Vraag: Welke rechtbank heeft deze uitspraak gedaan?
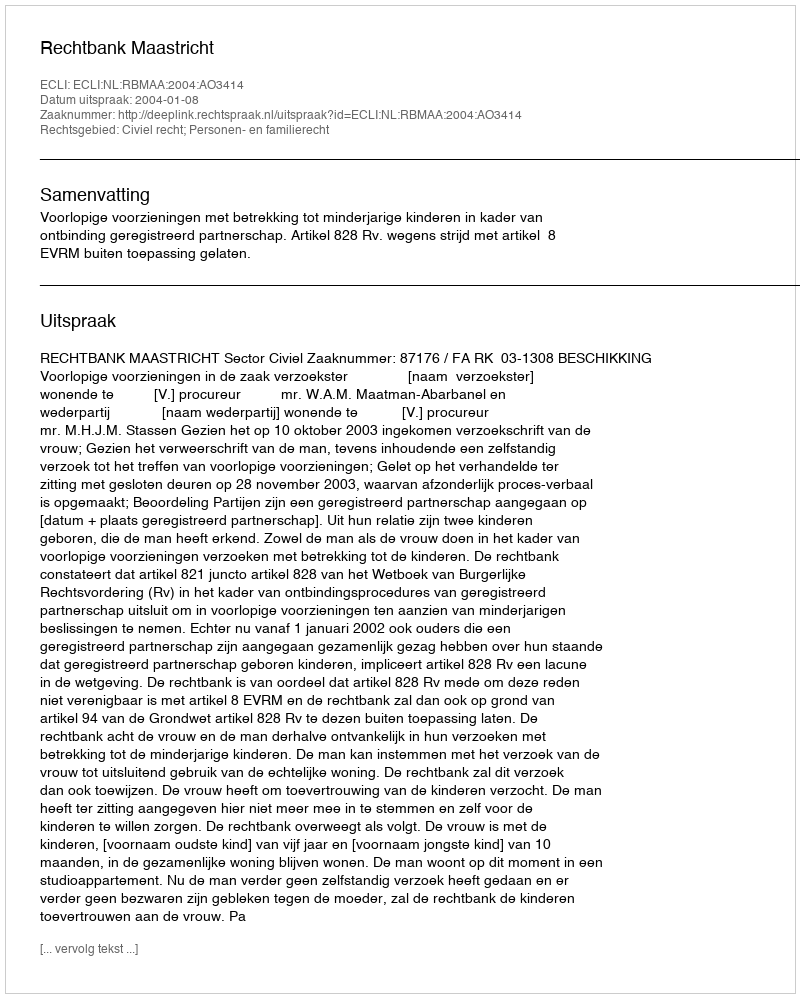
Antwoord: Rechtbank Maastricht